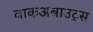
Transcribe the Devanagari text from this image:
वाकअबाउट्स